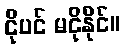
ငိုပင် မငိုနိုင်။